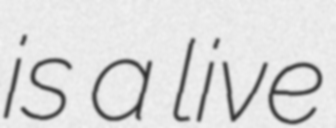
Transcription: is a live